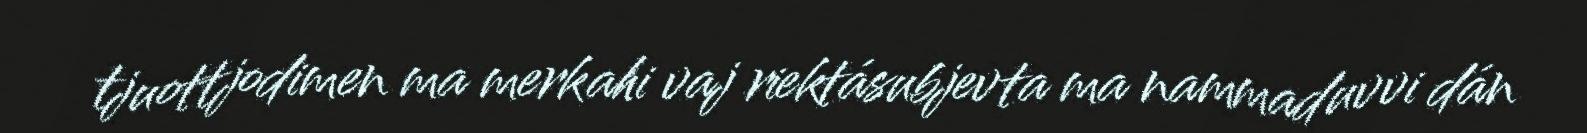
tjuottjodimen ma merkahi vaj riektásubjevta ma nammaduvvi dán